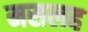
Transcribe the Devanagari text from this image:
मसलह